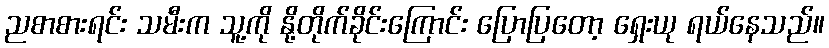
ညစာစားရင်း သမီးက သူ့ကို နို့တိုက်ခိုင်းကြောင်း ပြောပြတော့ ရှေးယု ရယ်နေသည်။